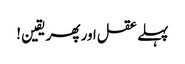
پہلے عقل اور پھر یقین !